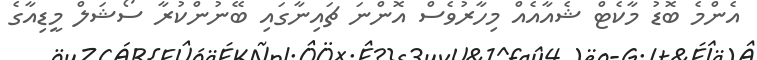
އެންމެ ބޮޑު މާކެޓް ޝެއާއެއް މިހާރުވެސް އޮންނަ ޗައިނާގައި ބޭނުންކުރާ ސޯޝަލް މީޑިއާގެ